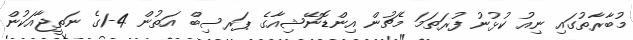
މުބާރާތުގައި ނިއު ކުޅުނު ފުރަތަމަ މެޗުން އިންޑޮނޭޝިއާގެ ޕަރސިބް އަތުން 4-1ގެ ނަތީޖާއަކުން